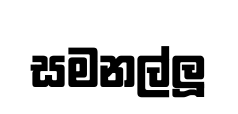
සමනල්ලූ